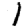
Digit: 1